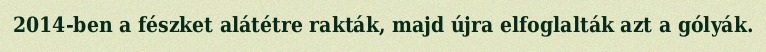
2014-ben a fészket alátétre rakták, majd újra elfoglalták azt a gólyák.